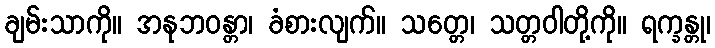
ချမ်းသာကို။ အနုဘဝန္တာ၊ ခံစားလျက်။ သတ္တေ၊ သတ္တဝါတို့ကို။ ရက္ခန္တု၊